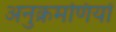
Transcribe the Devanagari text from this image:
अनुक्रमणियों